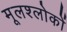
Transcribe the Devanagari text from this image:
मूलश्लोकों